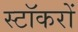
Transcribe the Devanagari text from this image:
स्टॉकरों